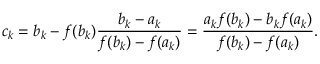
c _ { k } = b _ { k } - f ( b _ { k } ) { \frac { b _ { k } - a _ { k } } { f ( b _ { k } ) - f ( a _ { k } ) } } = { \frac { a _ { k } f ( b _ { k } ) - b _ { k } f ( a _ { k } ) } { f ( b _ { k } ) - f ( a _ { k } ) } } .